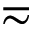
\eqsim